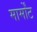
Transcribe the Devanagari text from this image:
मार्मोंट